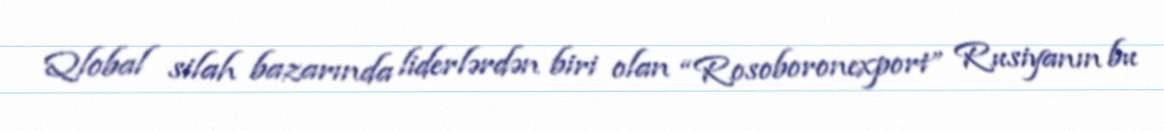
Qlobal silah bazarında liderlərdən biri olan “Rosoboronexport” Rusiyanın bu